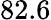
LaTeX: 82.6